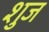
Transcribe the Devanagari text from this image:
शुज